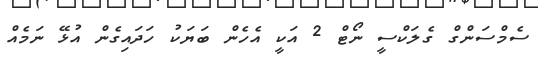
ސެމްސަންގް ގެލަކްސީ ނޯޓް 2 އަކީ އެހެން ބަޔަކު ހަދައިގެން އުޅޭ ނަމެއް